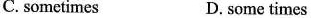
C. sometimes D. some times